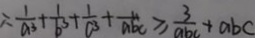
\therefore \frac { 1 } { a ^ { 3 } } + \frac { 1 } { b ^ { 3 } } + \frac { 1 } { c ^ { 3 } } + \frac { 1 1 } { a b c } \geq \frac { 3 } { a b c } + a b c